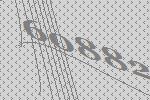
60882